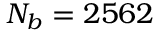
N _ { b } = 2 5 6 2